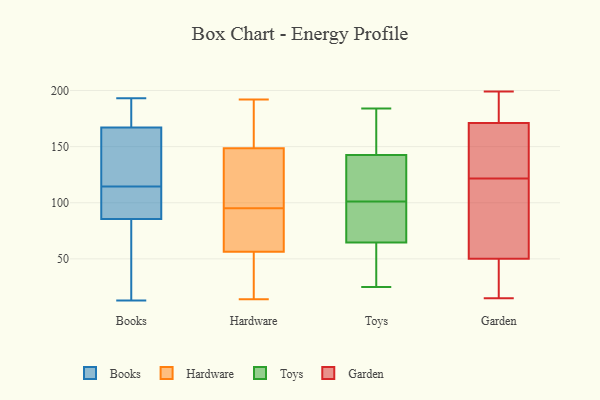
{"axis": {"x": "Market Share (%)", "y": "Value"}, "legend": ["Books", "Garden", "Hardware", "Toys"], "data": [{"x": "", "y": 95, "type": "Books"}, {"x": "", "y": 184, "type": "Books"}, {"x": "", "y": 131, "type": "Books"}, {"x": "", "y": 42, "type": "Books"}, {"x": "", "y": 185, "type": "Books"}, {"x": "", "y": 101, "type": "Books"}, {"x": "", "y": 161, "type": "Books"}, {"x": "", "y": 45, "type": "Books"}, {"x": "", "y": 92, "type": "Books"}, {"x": "", "y": 128, "type": "Books"}, {"x": "", "y": 84, "type": "Books"}, {"x": "", "y": 104, "type": "Books"}, {"x": "", "y": 132, "type": "Books"}, {"x": "", "y": 193, "type": "Books"}, {"x": "", "y": 173, "type": "Books"}, {"x": "", "y": 87, "type": "Books"}, {"x": "", "y": 13, "type": "Books"}, {"x": "", "y": 84, "type": "Books"}, {"x": "", "y": 125, "type": "Books"}, {"x": "", "y": 185, "type": "Books"}, {"x": "", "y": 138, "type": "Hardware"}, {"x": "", "y": 59, "type": "Hardware"}, {"x": "", "y": 111, "type": "Hardware"}, {"x": "", "y": 14, "type": "Hardware"}, {"x": "", "y": 164, "type": "Hardware"}, {"x": "", "y": 98, "type": "Hardware"}, {"x": "", "y": 74, "type": "Hardware"}, {"x": "", "y": 192, "type": "Hardware"}, {"x": "", "y": 117, "type": "Hardware"}, {"x": "", "y": 188, "type": "Hardware"}, {"x": "", "y": 83, "type": "Hardware"}, {"x": "", "y": 173, "type": "Hardware"}, {"x": "", "y": 21, "type": "Hardware"}, {"x": "", "y": 51, "type": "Hardware"}, {"x": "", "y": 27, "type": "Hardware"}, {"x": "", "y": 57, "type": "Hardware"}, {"x": "", "y": 95, "type": "Hardware"}, {"x": "", "y": 56, "type": "Hardware"}, {"x": "", "y": 152, "type": "Hardware"}, {"x": "", "y": 103, "type": "Toys"}, {"x": "", "y": 170, "type": "Toys"}, {"x": "", "y": 60, "type": "Toys"}, {"x": "", "y": 126, "type": "Toys"}, {"x": "", "y": 56, "type": "Toys"}, {"x": "", "y": 99, "type": "Toys"}, {"x": "", "y": 147, "type": "Toys"}, {"x": "", "y": 69, "type": "Toys"}, {"x": "", "y": 132, "type": "Toys"}, {"x": "", "y": 72, "type": "Toys"}, {"x": "", "y": 138, "type": "Toys"}, {"x": "", "y": 37, "type": "Toys"}, {"x": "", "y": 25, "type": "Toys"}, {"x": "", "y": 184, "type": "Toys"}, {"x": "", "y": 174, "type": "Toys"}, {"x": "", "y": 99, "type": "Toys"}, {"x": "", "y": 136, "type": "Garden"}, {"x": "", "y": 21, "type": "Garden"}, {"x": "", "y": 28, "type": "Garden"}, {"x": "", "y": 110, "type": "Garden"}, {"x": "", "y": 161, "type": "Garden"}, {"x": "", "y": 133, "type": "Garden"}, {"x": "", "y": 49, "type": "Garden"}, {"x": "", "y": 176, "type": "Garden"}, {"x": "", "y": 87, "type": "Garden"}, {"x": "", "y": 154, "type": "Garden"}, {"x": "", "y": 171, "type": "Garden"}, {"x": "", "y": 177, "type": "Garden"}, {"x": "", "y": 15, "type": "Garden"}, {"x": "", "y": 50, "type": "Garden"}, {"x": "", "y": 199, "type": "Garden"}, {"x": "", "y": 183, "type": "Garden"}, {"x": "", "y": 67, "type": "Garden"}, {"x": "", "y": 92, "type": "Garden"}]}